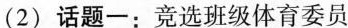
(2)话题一：竞选班级体育委员